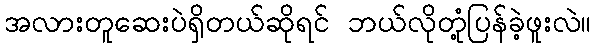
အလားတူဆေးပဲရှိတယ်ဆိုရင် ဘယ်လိုတုံ့ပြန်ခဲ့ဖူးလဲ။